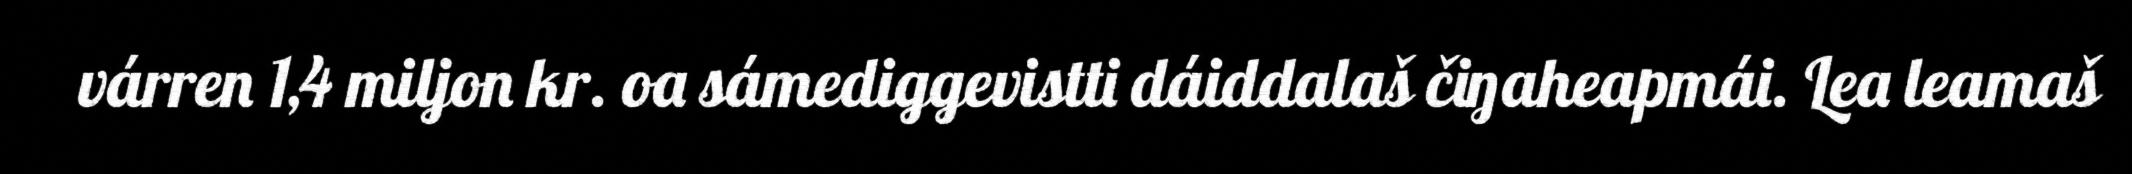
várren 1,4 miljon kr. oa sámediggevistti dáiddalaš čiŋaheapmái. Lea leamaš